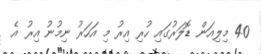
40 މިލިއަން ޑޮލަރުގައި ހުރި އިރު މި އަހަރު ނިމުނު އިރު އެ